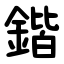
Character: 鍇